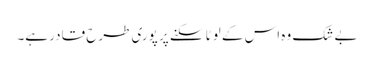
بے شک وہ اس کے لوٹا سکنے پر پوری طرح قادر ہے۔